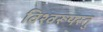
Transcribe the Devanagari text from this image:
विश्वरूपस्तु